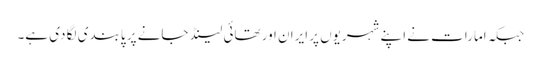
جبکہ امارات نے اپنے شہریوں پر ایران اور تھائی لینڈ جانے پر پابندی لگا دی ہے۔